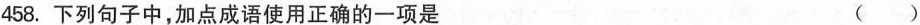
458.下列句子中，加点成语使用正确的一项是 ()